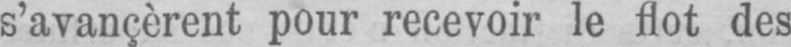
s’avancèrent pour recevoir le flot des